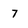
Character: 7